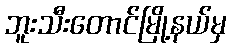
ဘူးသီးတောင်မြို့နယ်မှ